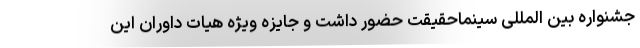
جشنواره بین المللی سینماحقیقت حضور داشت و جایزه ویژه هیات داوران این